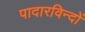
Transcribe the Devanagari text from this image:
पादारविन्दों